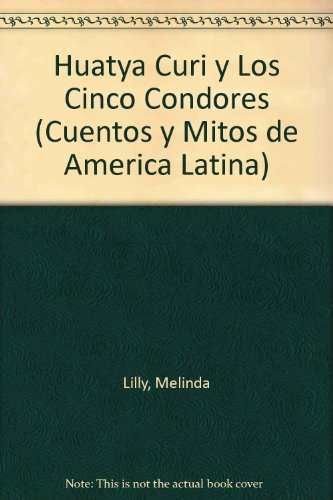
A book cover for Huatya Curi y Los Cinco Condores (Cuentos y Mitos de America Latina) (Spanish Edition); Melinda Lilly; Children's Books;